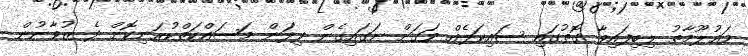
މަޢުލޫމާތު ލިބިފައިވާ ގޮތުގައި ސައިކަލެއް ވަގަށް ނަގައިގެން ފިލަން މަސައްކަތްކުރަނިކޮށް ދެ ޒުވާނުން